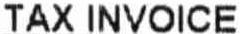
TAX INVOICE